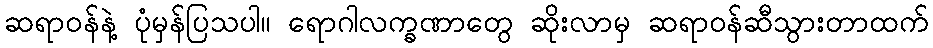
ဆရာဝန်နဲ့ ပုံမှန်ပြသပါ။ ရောဂါလက္ခဏာတွေ ဆိုးလာမှ ဆရာဝန်ဆီသွားတာထက်